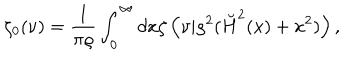
LaTeX: \zeta _ { 0 } ( \nu ) = { \frac { 1 } { \pi \varrho } } \int _ { 0 } ^ { \infty } d x \zeta \left( \nu | \varrho ^ { 2 } ( \breve { H } ^ { 2 } ( x ) + x ^ { 2 } ) \right) ,